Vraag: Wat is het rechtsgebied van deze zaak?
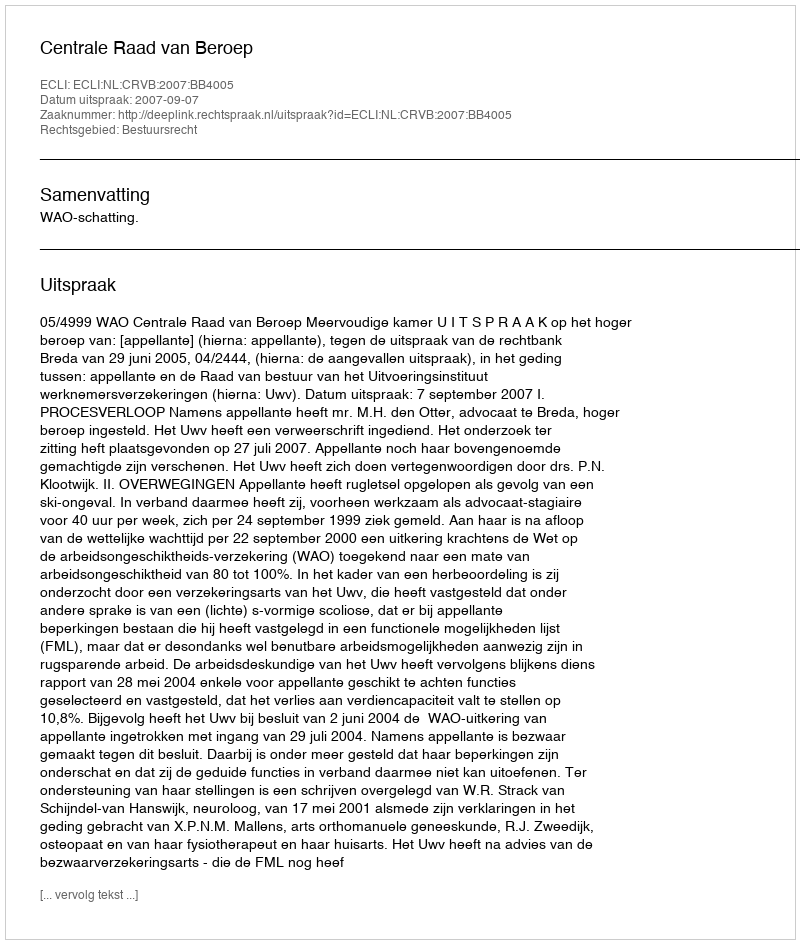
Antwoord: Bestuursrecht